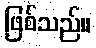
ဖြစ်သည်။